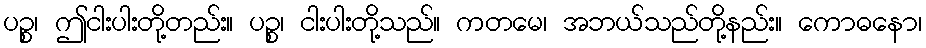
ပဉ္စ၊ ဤငါးပါးတို့တည်း။ ပဉ္စ၊ ငါးပါးတို့သည်။ ကတမေ၊ အဘယ်သည်တို့နည်း။ ကောဓနော၊